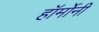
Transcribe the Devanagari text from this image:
हॉर्मोनी